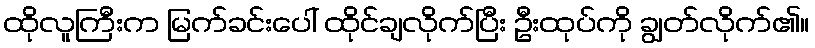
ထိုလူကြီးက မြက်ခင်းပေါ် ထိုင်ချလိုက်ပြီး ဦးထုပ်ကို ချွတ်လိုက်၏။